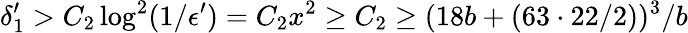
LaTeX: \delta_{1}^{\prime}>C_{2}\log^{2}(1/\epsilon^{\prime})=C_{2}x^{2}\geq C_{2}\geq(18b+(63\cdot 22/2))^{3}/b